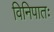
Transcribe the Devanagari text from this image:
विनिपातः